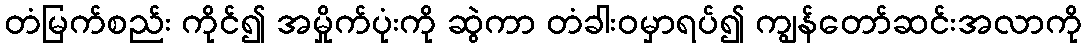
တံမြက်စည်း ကိုင်၍ အမှိုက်ပုံးကို ဆွဲကာ တံခါးဝမှာရပ်၍ ကျွန်တော်ဆင်းအလာကို